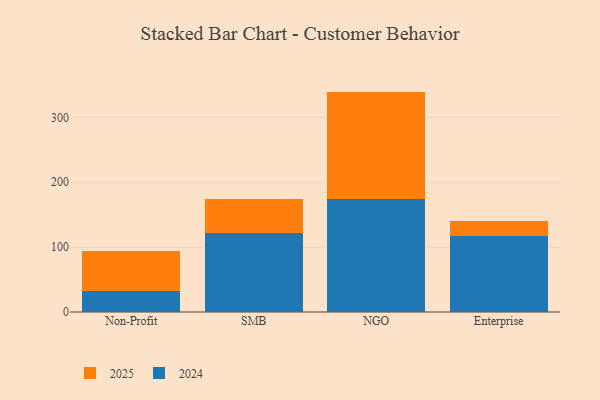
{"axis": {"x": "Segment", "y": "Inventory Turnover"}, "legend": ["2024", "2025"], "data": [{"x": "Non-Profit", "y": 32.2, "type": "2024"}, {"x": "Non-Profit", "y": 62.0, "type": "2025"}, {"x": "SMB", "y": 121.8, "type": "2024"}, {"x": "SMB", "y": 51.8, "type": "2025"}, {"x": "NGO", "y": 174.6, "type": "2024"}, {"x": "NGO", "y": 165.1, "type": "2025"}, {"x": "Enterprise", "y": 116.7, "type": "2024"}, {"x": "Enterprise", "y": 22.9, "type": "2025"}]}